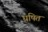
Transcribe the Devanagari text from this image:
घषित